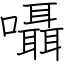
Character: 囁